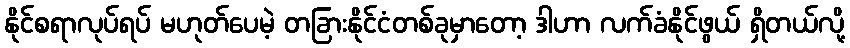
နိုင်စရာလုပ်ရပ် မဟုတ်ပေမဲ့ တခြားနိုင်ငံတစ်ခုမှာတော့ ဒါဟာ လက်ခံနိုင်ဖွယ် ရှိတယ်လို့